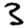
Digit: 3